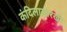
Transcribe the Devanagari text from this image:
कंदिलासारखी